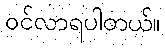
ဝင်လာရပါတယ်။